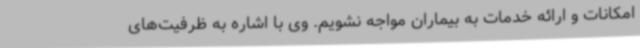
امکانات و ارائه خدمات به بیماران مواجه نشویم. وی با اشاره به ظرفیت‌های